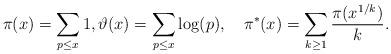
LaTeX: \begin{align*}\pi(x) = \sum_{p\leq x} 1,\vartheta(x) = \sum_{p\leq x} \log(p),\quad\pi^*(x) = \sum_{k\geq 1} \frac{\pi(x^{1/k})}{k}.\end{align*}